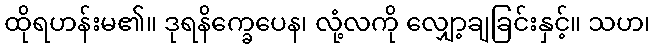
ထိုရဟန်းမ၏။ ဒုရနိက္ခေပေန၊ လုံ့လကို လျှော့ချခြင်းနှင့်။ သဟ၊